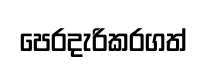
පෙරදැරිකරගත්